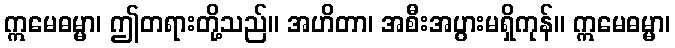
ဣမေဓမ္မာ၊ ဤတရားတို့သည်။ အဟိတာ၊ အစီးအပွားမရှိကုန်။ ဣမေဓမ္မာ၊